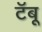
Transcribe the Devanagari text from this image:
टॅबू